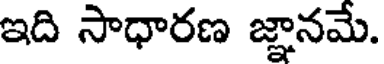
ఇది సాధారణ జ్ఞానమే.